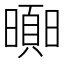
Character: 𣋗